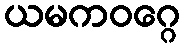
ယမကဝဂ္ဂေ